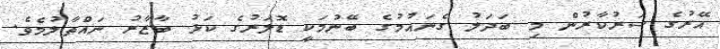
އޭރުގެ ސަރުކާރުން މި ބަދަލު ގެނައުމުގެ ބޭނުމަކީ ޑޮލަރުގެ ކަޅު ބާޒާރު ނައްތާލުމެވެ.